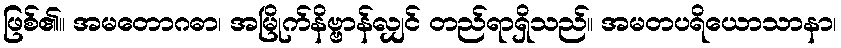
ဖြစ်၏။ အမတောဂဓာ၊ အမြိုက်နိဗ္ဗာန်လျှင် တည်ရာရှိသည်။ အမတပရိယောသာနာ၊